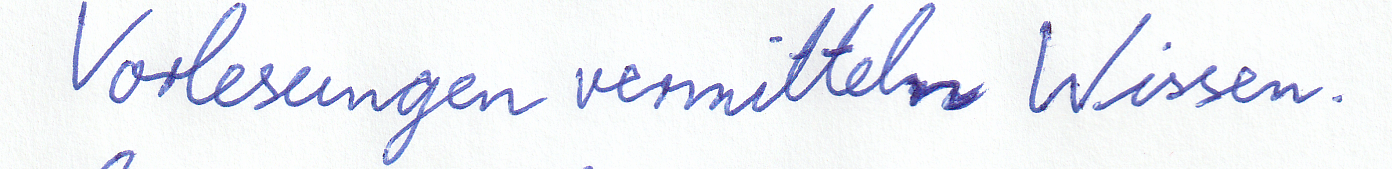
Vorlesungen vermitteln Wissen.